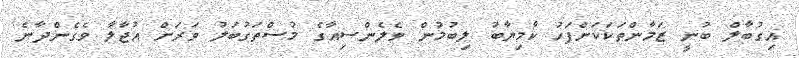
އިގުބާލް ބުނީ ޒަމާންތަކަކަށްފަހު ކާމިޔާބު ލިބުމުން ވެލެންސިއާގެ މުސްތަގުބަލު ވަރަށް އުޖާލާ ވެގެންދާނެ